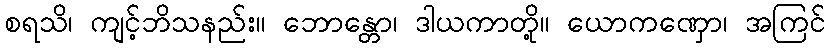
စရသိ၊ ကျင့်ဘိသနည်း။ ဘောန္တော၊ ဒါယကာတို့။ ယောကဏှော၊ အကြင်